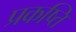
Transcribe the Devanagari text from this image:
प्रकष्ति